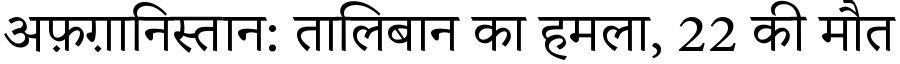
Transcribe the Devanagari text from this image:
अफ़ग़ानिस्तान: तालिबान का हमला, 22 की मौत